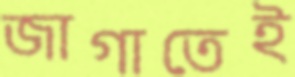
জাগাতেই